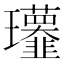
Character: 𤫧